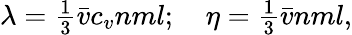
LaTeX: \begin{array}{r}{\lambda=\frac{1}{3}\bar{v}c_{v}nml;\quad\eta=\frac{1}{3}\bar{v}nml,}\end{array}